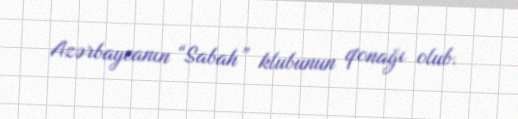
Azərbaycanın “Sabah” klubunun qonağı olub.